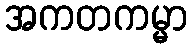
အကတကမ္မာ